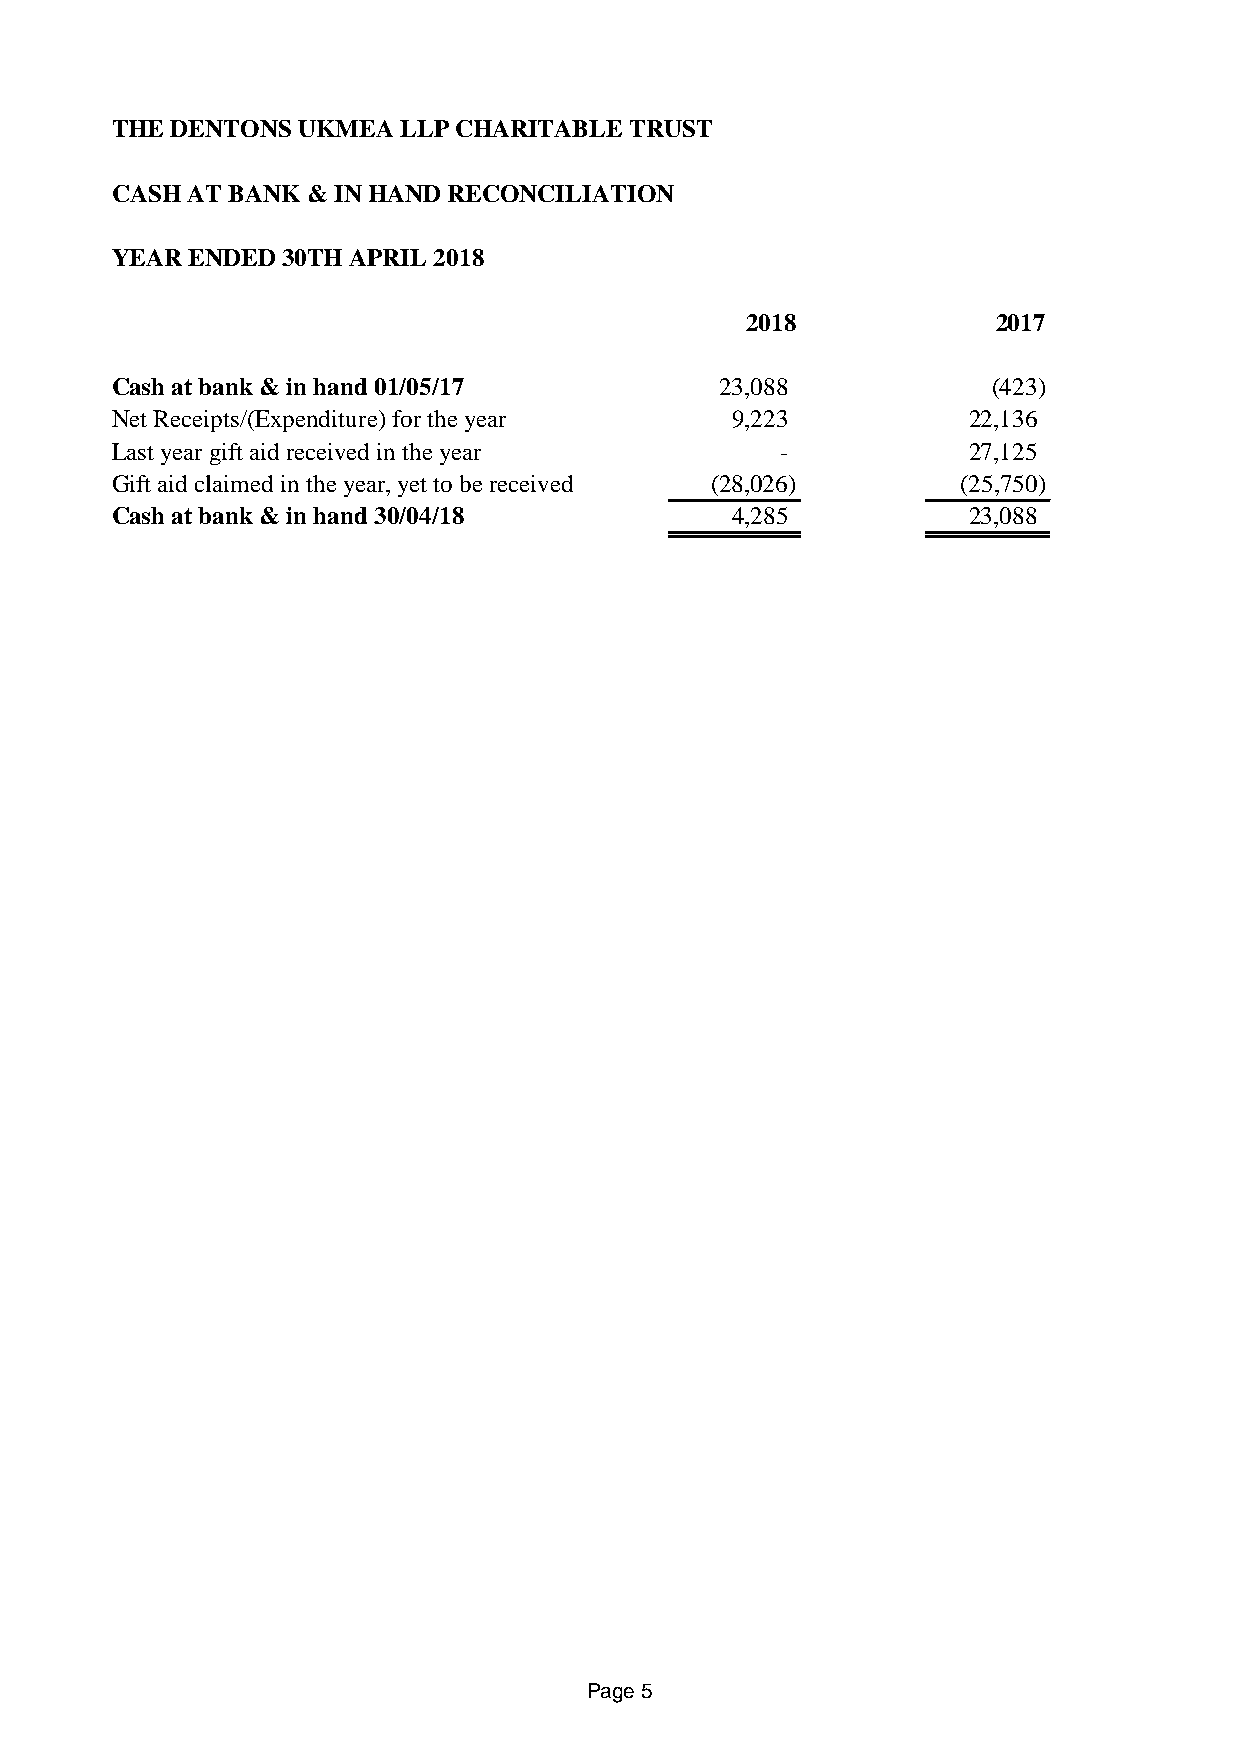
THE DENTONS  UKMEA LLP CHARITABLE  TRUST
 CASH AT BANK & IN HAND RECONCILIATION
 YEAR ENDED  30TH APRIL 2018
 2018             2017
 Cash at bank & in hand 01/05/17          23,088            (423)
 Net Receipts/(Expenditure) for the year  9,223           2 2,136
 Last year gift aid received in the year      -           2 7,125
 Gift aid claimed in the year, yet to be received (28,026) (25,750)
 Cash at bank & in hand 30/04/18          4,285           2 3,088
 Page 5